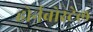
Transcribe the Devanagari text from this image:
होर्नबोस्टेल